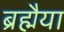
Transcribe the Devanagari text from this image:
ब्रह्मैया